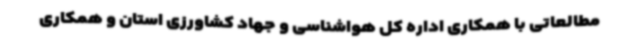
مطالعاتی با همکاری اداره کل هواشناسی و جهاد کشاورزی استان و همکاری